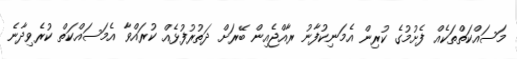
މަސައްކަތްތަކެއް ފެށުމުގެ ކުރިން އެމަނިކުފާނު ރާއްޖެއިން ބޭރަށް ދަތުރުފުޅެއް ކުރައްވާ އެމަސައްކަތް ކުރެވިދާނެ